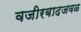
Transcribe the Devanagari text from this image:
वजीरबादजवळ